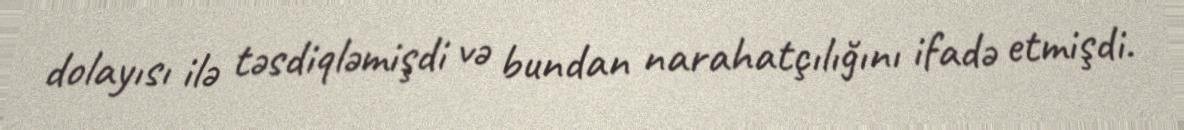
dolayısı ilə təsdiqləmişdi və bundan narahatçılığını ifadə etmişdi.